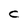
Character: C